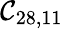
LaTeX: \mathcal{C}_{28,11}